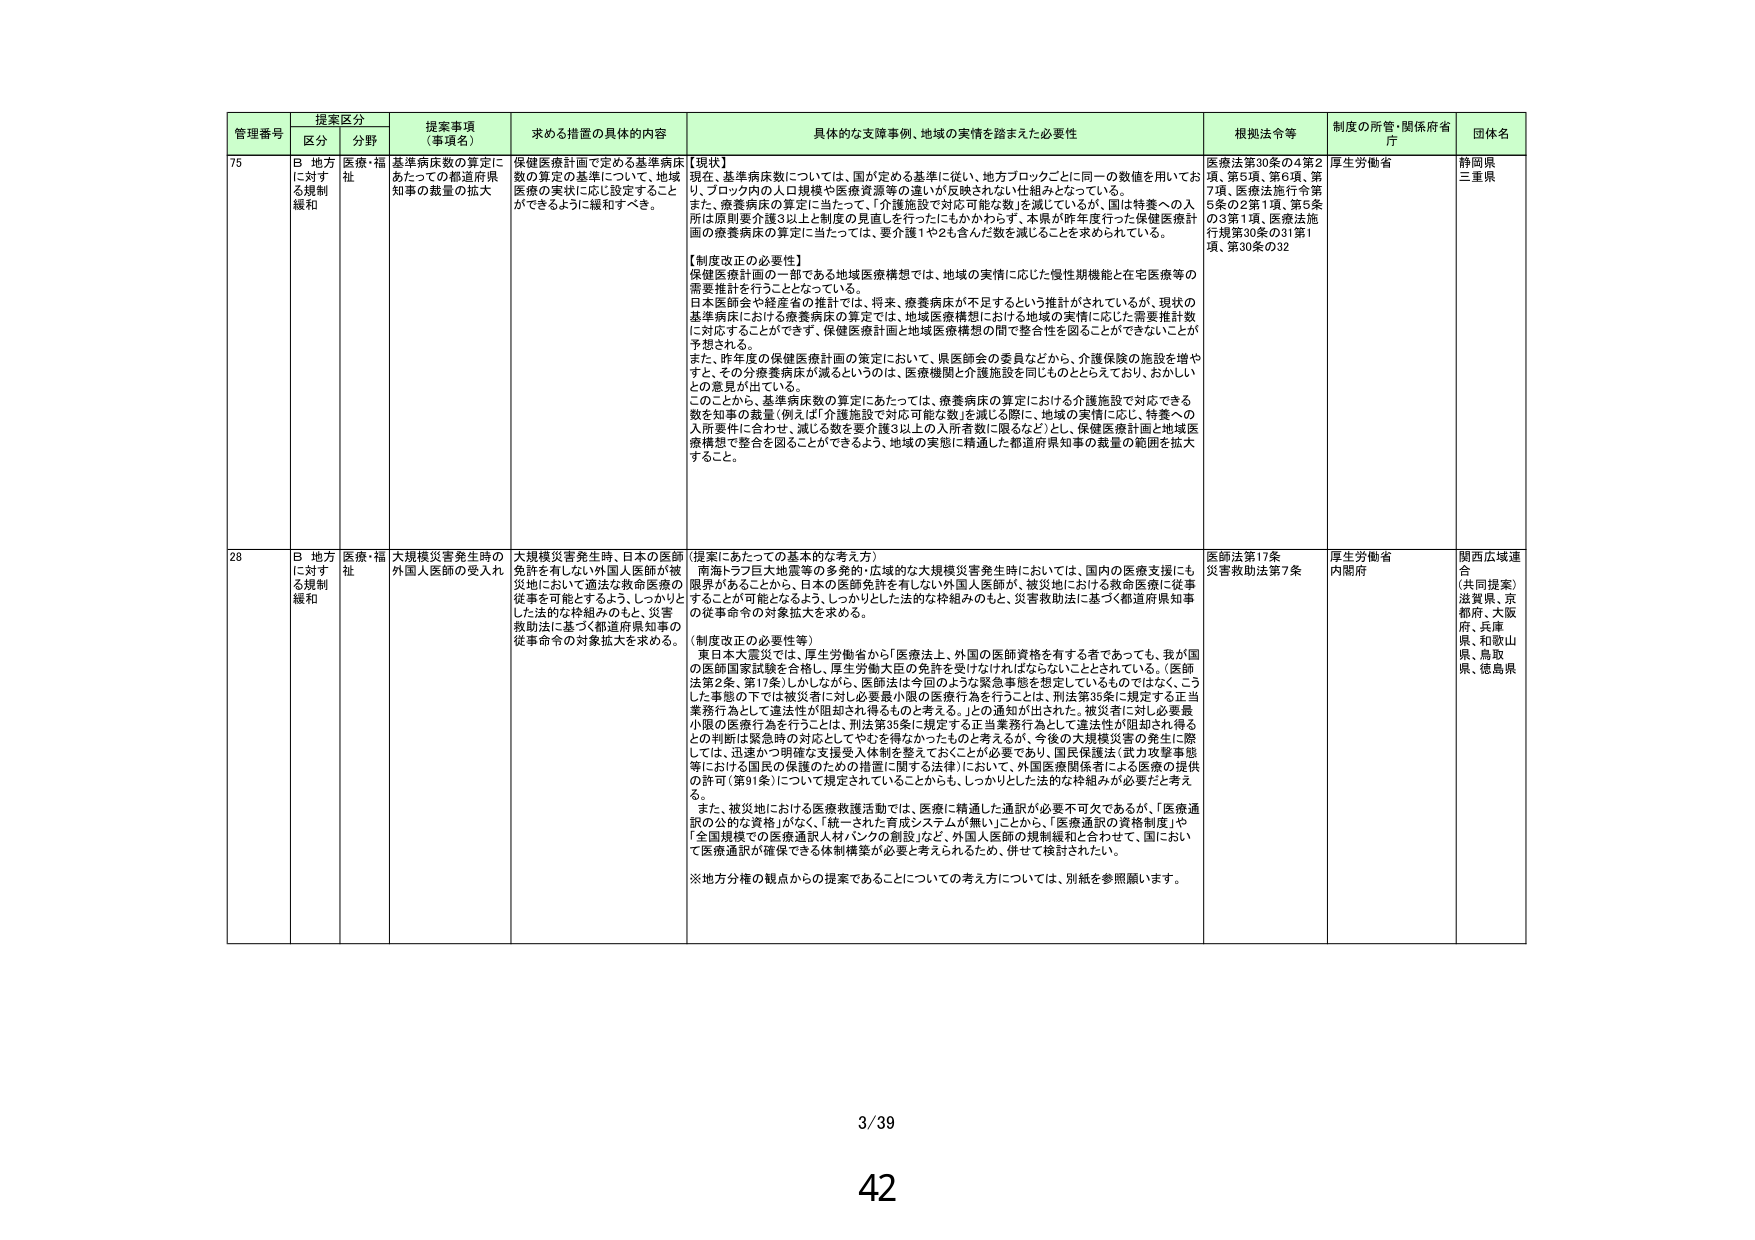
管理番号 提案区分 提案事項（事項名） 求める措置の具体的内容 具体的な支援事例、地域の実情を踏まえた必要性 根拠法令等 制度の所管・関係府省庁 団体名
区分 分野
75 B 地方に対する規制緩和 医療・福祉 基準病床数の算定にあたっての都道府県知事の裁量の拡大 保健医療計画で定める基準病床数の算定の基準について、地域医療の実状に応じ設定することができるように緩和すべき。 【現状】 現在、基準病床数については、国が定める基準に従い、地方ブロックごとに同一の数値を用いており、ブロック内の人口規模や医療資源等の違いが反映されない仕組みとなっている。 また、療養病床の算定に当たって、「介護施設で対応可能な数」を減じているが、国は特養への入所は原則要介護3以上と制度の見直しを行ったにもかかわらず、本県が昨年実行した保健医療計画の療養病床の算定に当たっては、要介護1や2も含んだ数を減じることを求められている。 【制度改正の必要性】 保健医療計画の一部である地域医療構想では、地域の実情に応じた慢性期機能と在宅医療等の需要推計を行うこととなっている。 日本医師会や健産省の推計では、将来、療養病床が不足するという推計がされているが、現状の基準病床における療養病床の算定では、地域医療構想における地域の実情に応じた需要推計数に対応することができず、保健医療計画と地域医療構想の間で整合性を図ることができないことが予想される。 また、昨年度の保健医療計画の策定において、県医師会の委員などから、介護保険の施設を増やすと、その分療養病床が減るというのは、医療機関と介護施設を同じものととらえており、おかしいとの意見が出ている。 このことから、基準病床数の算定にあたっては、療養病床の算定における介護施設で対応できる数を知事の裁量（例えば「介護施設で対応可能な数」を減じる際に、地域の実情に応じ、特養への入所要件に合わせ、減じる数を要介護3以上の入所者数に限るなど）とし、保健医療計画と地域医療構想で整合を図ることができるよう、地域の実態に精通した都道府県知事の裁量の範囲を拡大すること。 医療法第30条の4第2項、第5項、第6項、第7項、医療法施行令第5条の2第1項、第3条の3第1項、医療法施行規第30条の31第1項、第30条の32 厚生労働省 静岡県 三重県
28 B 地方に対する規制緩和 医療・福祉 大規模災害発生時の外国人医師の受入れ 大規模災害発生時、日本の医師免許を有しない外国人医師が被災地において適法な救命医療の従事を可能とするよう、しっかりとした法的な枠組みのもと、災害救助法に基づく都道府県知事の従事命令の対象拡大を求める。 （提案にあたっての基本的な考え方） 南海トラフ巨大地震等の多発的・広域的な大規模災害発生時においては、国内の医療支援にも限界があることから、日本の医師免許を有しない外国人医師が、被災地における救命医療に従事することが可能となるよう、しっかりとした法的な枠組みのもと、災害救助法に基づく都道府県知事の従事命令の対象拡大を求める。 （制度改正の必要性等） 東日本大震災では、厚生労働省から「医療法上、外国の医師資格を有する者であっても、我が国の医師国家試験を合格し、厚生労働大臣の免許を受けなければならないこととされている。（医師法第2条、第17条）」から、医師法は今回のような緊急事態を想定しているものではなく、こうした事態の下では被災者に対し必要最小限の医療行為を行うことは、刑法第35条に規定する正当業務行為として違法性が阻却され得るものと考える。」との通知が出された。被災者に対し必要最小限の医療行為を行うことは、刑法第35条に規定する正当業務行為として違法性が阻却され得るとの判断は緊急時の対応としてやむを得なかったものと考えるが、今後の大規模災害の発生に際しては、迅速かつ明確な支援受入体制を整えておくことが必要であり、国民保護法（武力攻撃事態等における国民の保護のための措置に関する法律）において、外国医療関係者による医療の提供の許可（第91条）について規定されていることからも、しっかりとした法的な枠組みが必要だと考える。 また、被災地における医療救護活動では、医療に精通した通訳が必要不可欠であるが、「医療通訳の公的な資格」がなく、「統一された育成システムが無い」ことから、「医療通訳の資格制度」や「全国規模での医療通訳人材バンクの創設」など、外国人医師の規制緩和と合わせて、国において医療通訳が確保できる体制構築が必要と考えられるため、併せて検討されたい。 ※地方分権の観点からの提案であることにについての考え方については、別紙を参照願います。 医師法第17条 災害救助法第7条 厚生労働省 内閣府 関西広域連合 （共同提案） 滋賀県、京都府、大阪府、兵庫県、和歌山県、鳥取県、徳島県
3/39
42